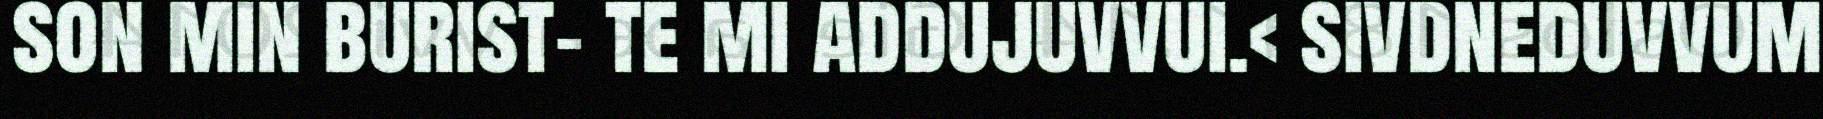
son min burist- te mi addujuvvui.< sivdneduvvum